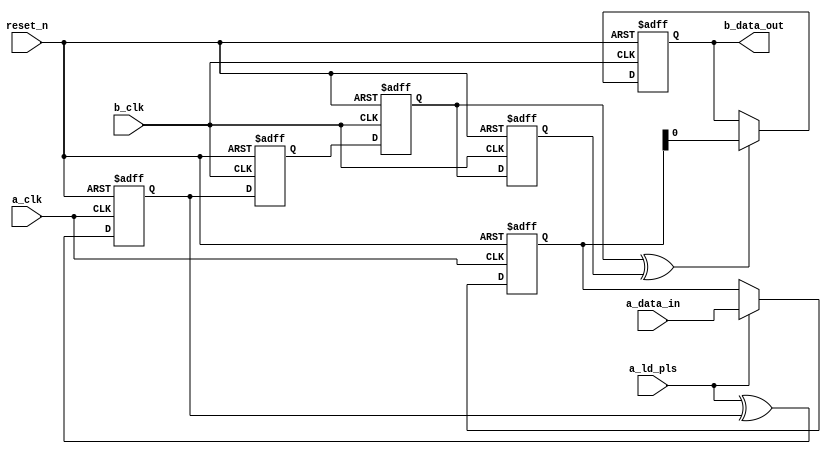
module bus_sync #(
                  parameter WIDTH = 4
	         ) (
  input             reset_n,
  input             a_clk,
  input             b_clk,
  input [WIDTH-1:0] a_data_in,
  input             a_ld_pls,
  output reg        b_data_out
);

//------------------------------------------------
//  Register Declarations
//------------------------------------------------
reg [WIDTH-1 :0] a_data_out;
reg              a_pls_tgle_out;
wire             a_pls_tgle_in;
wire             b_pls;
reg              b_pls_tgle_out_synca; 
reg              b_pls_tgle_out_syncb; 
reg              b_pls_tgle_out_sync;

//------------------------------------------------
//  MUX Load Logic TX Domain
//------------------------------------------------
  always @ (posedge a_clk or negedge reset_n)
    begin
      if(!reset_n)
        begin
	  a_data_out <= 'b0;
        end
      else if(a_ld_pls)
        begin
          a_data_out <= a_data_in;
	end
      else
        begin
          a_data_out <= a_data_out;
	end
    end

//------------------------------------------------
//  Pulse Toggling
//------------------------------------------------
  always @ (posedge a_clk or negedge reset_n)
    begin
      if(!reset_n)
        begin
	  a_pls_tgle_out <= 1'b0;
        end
      else
        begin
          a_pls_tgle_out <= a_pls_tgle_in;
	end
    end

//------------------------------------------------
//  Pulse Sychronized using 2FF
//------------------------------------------------
  always @ (posedge b_clk or negedge reset_n)
    begin
      if(!reset_n)
        begin
	  b_pls_tgle_out_synca <= 1'b0;
	  b_pls_tgle_out_syncb <= 1'b0;
        end
      else
        begin
	  b_pls_tgle_out_synca <= a_pls_tgle_out;
          b_pls_tgle_out_syncb <= b_pls_tgle_out_synca;
	end
    end

//------------------------------------------------
//  Delay Logic For pulse
//------------------------------------------------
  always @ (posedge b_clk or negedge reset_n)
    begin
      if(!reset_n)
        begin
	  b_pls_tgle_out_sync <= 1'b0;
        end
      else
        begin
	  b_pls_tgle_out_sync <= b_pls_tgle_out_syncb;
	end
    end

//------------------------------------------------
//  Sampling Data with MuX recirculation
//------------------------------------------------
  always @ (posedge b_clk or negedge reset_n)
    begin
      if(!reset_n)
        begin
	  b_data_out <= 'b0;
        end
      else if(b_pls)
        begin
	  b_data_out <= a_data_out;
	end
      else
        begin
	  b_data_out <= b_data_out;
	end
    end

//------------------------------------------------
//  Assign Statements
//------------------------------------------------
assign a_pls_tgle_in = a_ld_pls ^ a_pls_tgle_out;
assign b_pls         = b_pls_tgle_out_syncb ^ b_pls_tgle_out_sync;


endmodule